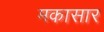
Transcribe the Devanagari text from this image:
मकासार